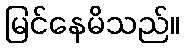
မြင်နေမိသည်။